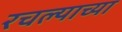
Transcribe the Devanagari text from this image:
रचल्याच्या